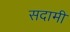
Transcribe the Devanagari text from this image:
सदामी